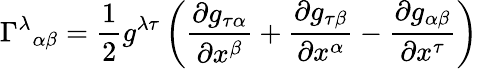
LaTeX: \Gamma^{\lambda}{}_{\alpha\beta}={\frac{1}{2}}g^{\lambda\tau}\left({\frac{\partial g_{\tau\alpha}}{\partial x^{\beta}}}+{\frac{\partial g_{\tau\beta}}{\partial x^{\alpha}}}-{\frac{\partial g_{\alpha\beta}}{\partial x^{\tau}}}\right)